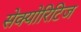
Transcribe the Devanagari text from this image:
सेक्योरिटिज